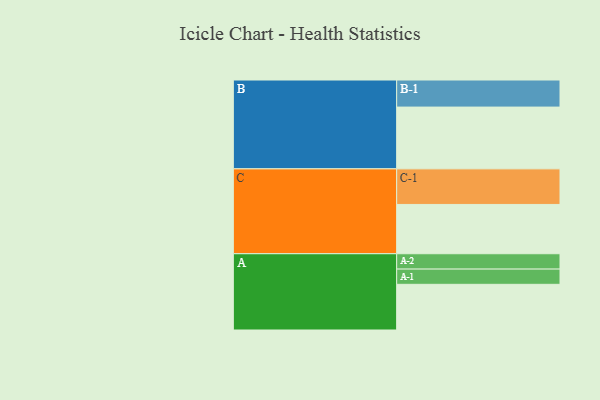
{"axis": {"x": "Segment", "y": "Value"}, "legend": ["", "A", "B", "C"], "data": [{"x": "A", "y": 366, "type": ""}, {"x": "B", "y": 495, "type": ""}, {"x": "C", "y": 395, "type": ""}, {"x": "A-1", "y": 122, "type": "A"}, {"x": "A-2", "y": 123, "type": "A"}, {"x": "B-1", "y": 217, "type": "B"}, {"x": "C-1", "y": 285, "type": "C"}]}